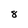
Character: 8